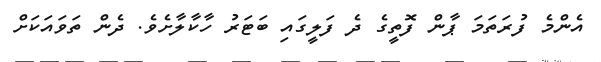
އެންމެ ފުރަތަމަ ޕާން ފޮތީގެ ދެ ފަލީގައި ބަޓަރު ހާކާލާށެވެ. ދެން ތަވައަކަށް